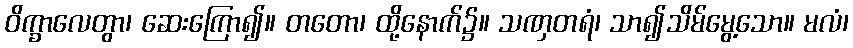
ဝိက္ခာလေတွာ၊ ဆေးကြော၍။ တတော၊ ထို့နောက်၌။ သဏှတရံ၊ သာ၍သိမ်မွေ့သော။ မလံ၊